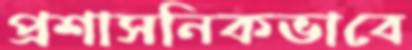
প্রশাসনিকভাবে